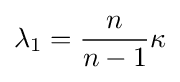
\lambda _{1}={\frac {n}{n-1}}\kappa